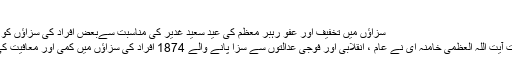
22 /Dec/ 2008
سزاؤں میں تخفیف اور عفو رہبر معظم کی عید سعید غدیر کی مناسبت سےبعض افراد کی سزاؤں کو معاف اور کم کرنے سے موافقت
رہبر معظم انقلاب اسلامی حضرت آیت اللہ العظمی خامنہ ای نے عام ، انقلابی اور فوجی عدالتوں سے سزا پانے والے 1874 افراد کی سزاؤں میں کمی اور معافیت کی درخواست سے موافقت کی ہے۔